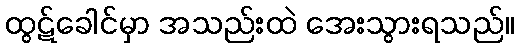
ထွဋ်ခေါင်မှာ အသည်းထဲ အေးသွားရသည်။